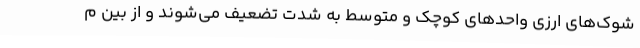
شوک‌های ارزی واحدهای کوچک و متوسط به شدت تضعیف می‌شوند و از بین م